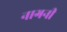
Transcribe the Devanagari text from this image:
नागनी